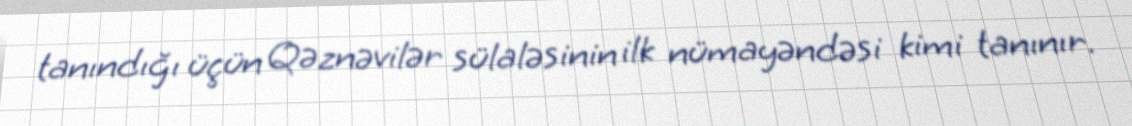
tanındığı üçün Qəznəvilər sülaləsinin ilk nümayəndəsi kimi tanınır.